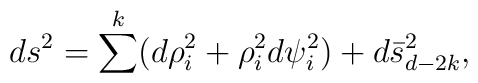
ds^2 = \sum^{k} (d\rho_{i}^2 + \rho_{i}^{2} d\psi_{i}^{2}) +d\bar{s}_{d-2k}^2,